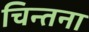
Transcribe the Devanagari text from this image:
चिन्तना